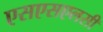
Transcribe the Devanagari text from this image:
एसएसएलसी